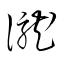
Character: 瀧